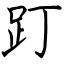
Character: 䟓